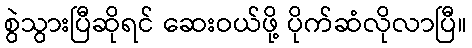
စွဲသွားပြီဆိုရင် ဆေးဝယ်ဖို့ ပိုက်ဆံလိုလာပြီ။